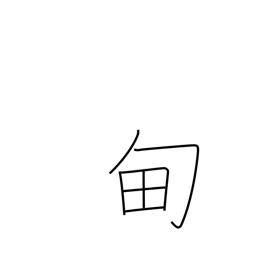
Meaning: region around the imperial capital